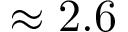
\approx 2 . 6